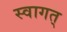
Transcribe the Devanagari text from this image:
स्वागत्